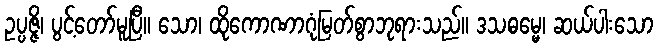
ဥပ္ပဇ္ဇိ၊ ပွင့်တော်မူပြီ။ သော၊ ထိုကောဏာဂုံမြတ်စွာဘုရားသည်။ ဒသဓမ္မေ၊ ဆယ်ပါးသော